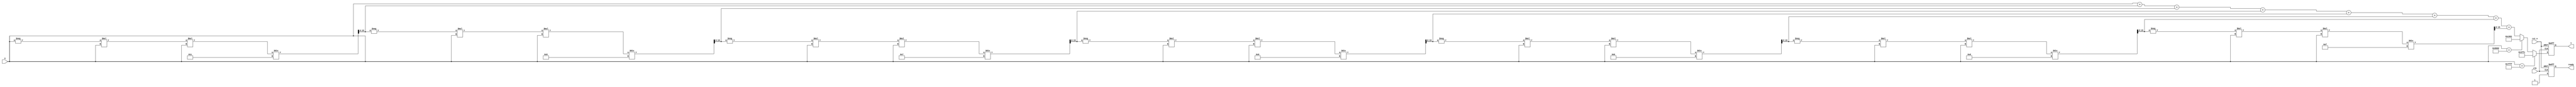
module atan_block (
    input   wire clk,
    input   wire rst_n,
    input   wire signed [15:0] X,  // Input: Fixed-point representation of the tangent
    output  reg signed [15:0] Y,    // Output: Fixed-point representation of atan(X)
    output  reg ready                // Output flag to indicate computation completion
);

    parameter signed [15:0] PI_OVER_2 = 16'h3FFC;  // /2 in fixed-point form
    parameter signed [15:0] PI_OVER_2_NEG = 16'hC001;  // -/2 in fixed-point form

    // A simple Taylor series approximation for atan
    // atan(x) = x - x^3/3 + x^5/5 - x^7/7 + ...

    function signed [15:0] atan_approx(input signed [15:0] x);
        integer i;
        reg signed [15:0] term;
        reg signed [15:0] sum;
        begin
            sum = x; // Initial term = x
            term = x;
            for (i = 3; i <= 15; i = i + 2) begin // Up to 15th term
                term = -term * x * x / (i); // Calculate term = -x^(i) / i
                sum = sum + term; // Add term
            end
            atan_approx = sum; // Return approximation
        end
    endfunction

    always @(posedge clk or negedge rst_n) begin
        if (!rst_n) begin
            Y <= 16'b0;
            ready <= 1'b0;
        end else begin
            // Handle edge cases
            if (X == 16'h7FFF) begin // +
                Y <= PI_OVER_2;
            end else if (X == 16'h8000) begin // -
                Y <= PI_OVER_2_NEG;
            end else begin
                Y <= atan_approx(X);
            end
            ready <= 1'b1; // Indicates that computation is done
        end
    end
endmodule